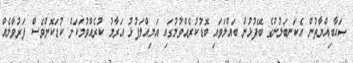
ޞަޙާބިއްޔާތުން އެކަނބަލުންގެ ބޭފުޅުން ބައްލަވައި ބޮޑުކުރެއްވުމުގައި އަމިއްލަފުޅު އަރާމު ކުރެއްވުމަކަށް ކުޑަކޮށްވެސް ފަރުވާލެއް